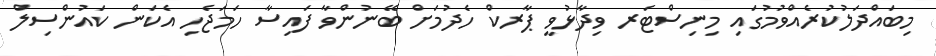
މިބައްދަލުކުރެއްވުމުގައި މިނިސްޓަރ ވިދާޅުވީ ޕާރކް ހެދުމަށް ބޭނުންވާ ފައިސާ ހަމަޖެހި އެކަން ކައުންސިލް